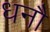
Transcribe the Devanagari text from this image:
धनौ